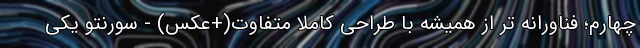
چهارم؛ فناورانه تر از همیشه با طراحی کاملا متفاوت(+عکس) - سورنتو یکی